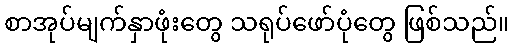
စာအုပ်မျက်နှာဖုံးတွေ သရုပ်ဖော်ပုံတွေ ဖြစ်သည်။